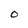
Character: O